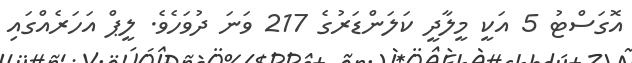
އޮގަސްޓު 5 އަކީ މީލާދީ ކަލަންޑަރުގެ 217 ވަނަ ދުވަހެވެ. ލީޕް އަހަރެއްގައި